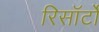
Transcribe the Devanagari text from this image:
रिसॉर्टों